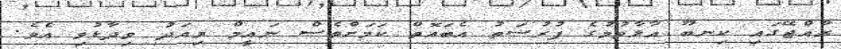
ރާއްޖޭގައި ކިނބޫ އާލާވުމުގެ ފުރުސަތު އެބައޮތް ކަމަށްވެސް ނައީމް މިއަދު ވިދާޅުވި އެވެ.